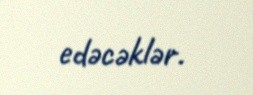
edəcəklər.